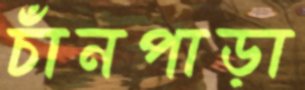
চাঁনপাড়া